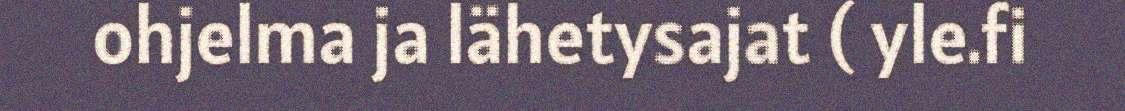
ohjelma ja lähetysajat ( yle.fi